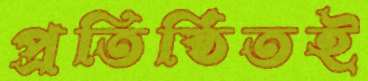
প্রতিষ্ঠিতই